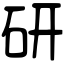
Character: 研